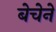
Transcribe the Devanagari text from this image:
बेचेने